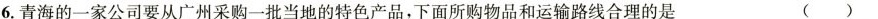
6.青海的一家公司要从广州采购一批当地的特色产品，下面所购物品和运输路线合理的是 ( )